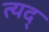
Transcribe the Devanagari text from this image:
त्यद्